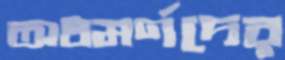
অধমর্ণদের